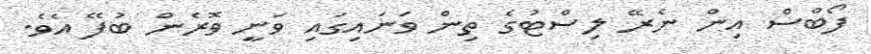
ފޯބްސް އިން ނެރޭ ލިސްޓުގެ ތިން ވަނައިގައި ވަނީ ވޮރެން ބުފޭ އެވެ.